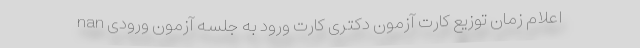
nan اعلام زمان توزیع کارت آزمون دکتری کارت ورود به جلسه آزمون ورودی